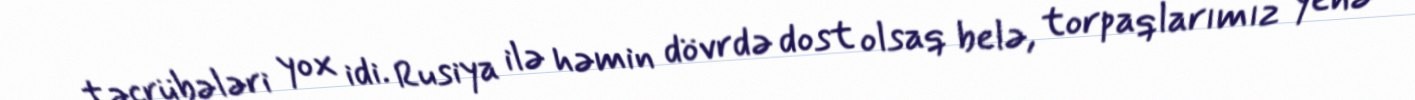
təcrübələri yox idi. Rusiya ilə həmin dövrdə dost olsaq belə, torpaqlarımız yenə